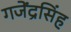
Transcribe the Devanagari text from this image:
गजेंद्रसिंह